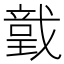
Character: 𢨅